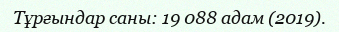
Тұрғындар саны: 19 088 адам (2019).